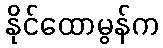
နိုင်ထောမွန်က